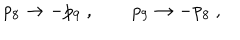
p _ { 8 } \to - p _ { 9 } \ , \qquad p _ { 9 } \to - p _ { 8 } \ ,